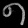
Digit: ၈